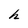
Character: h